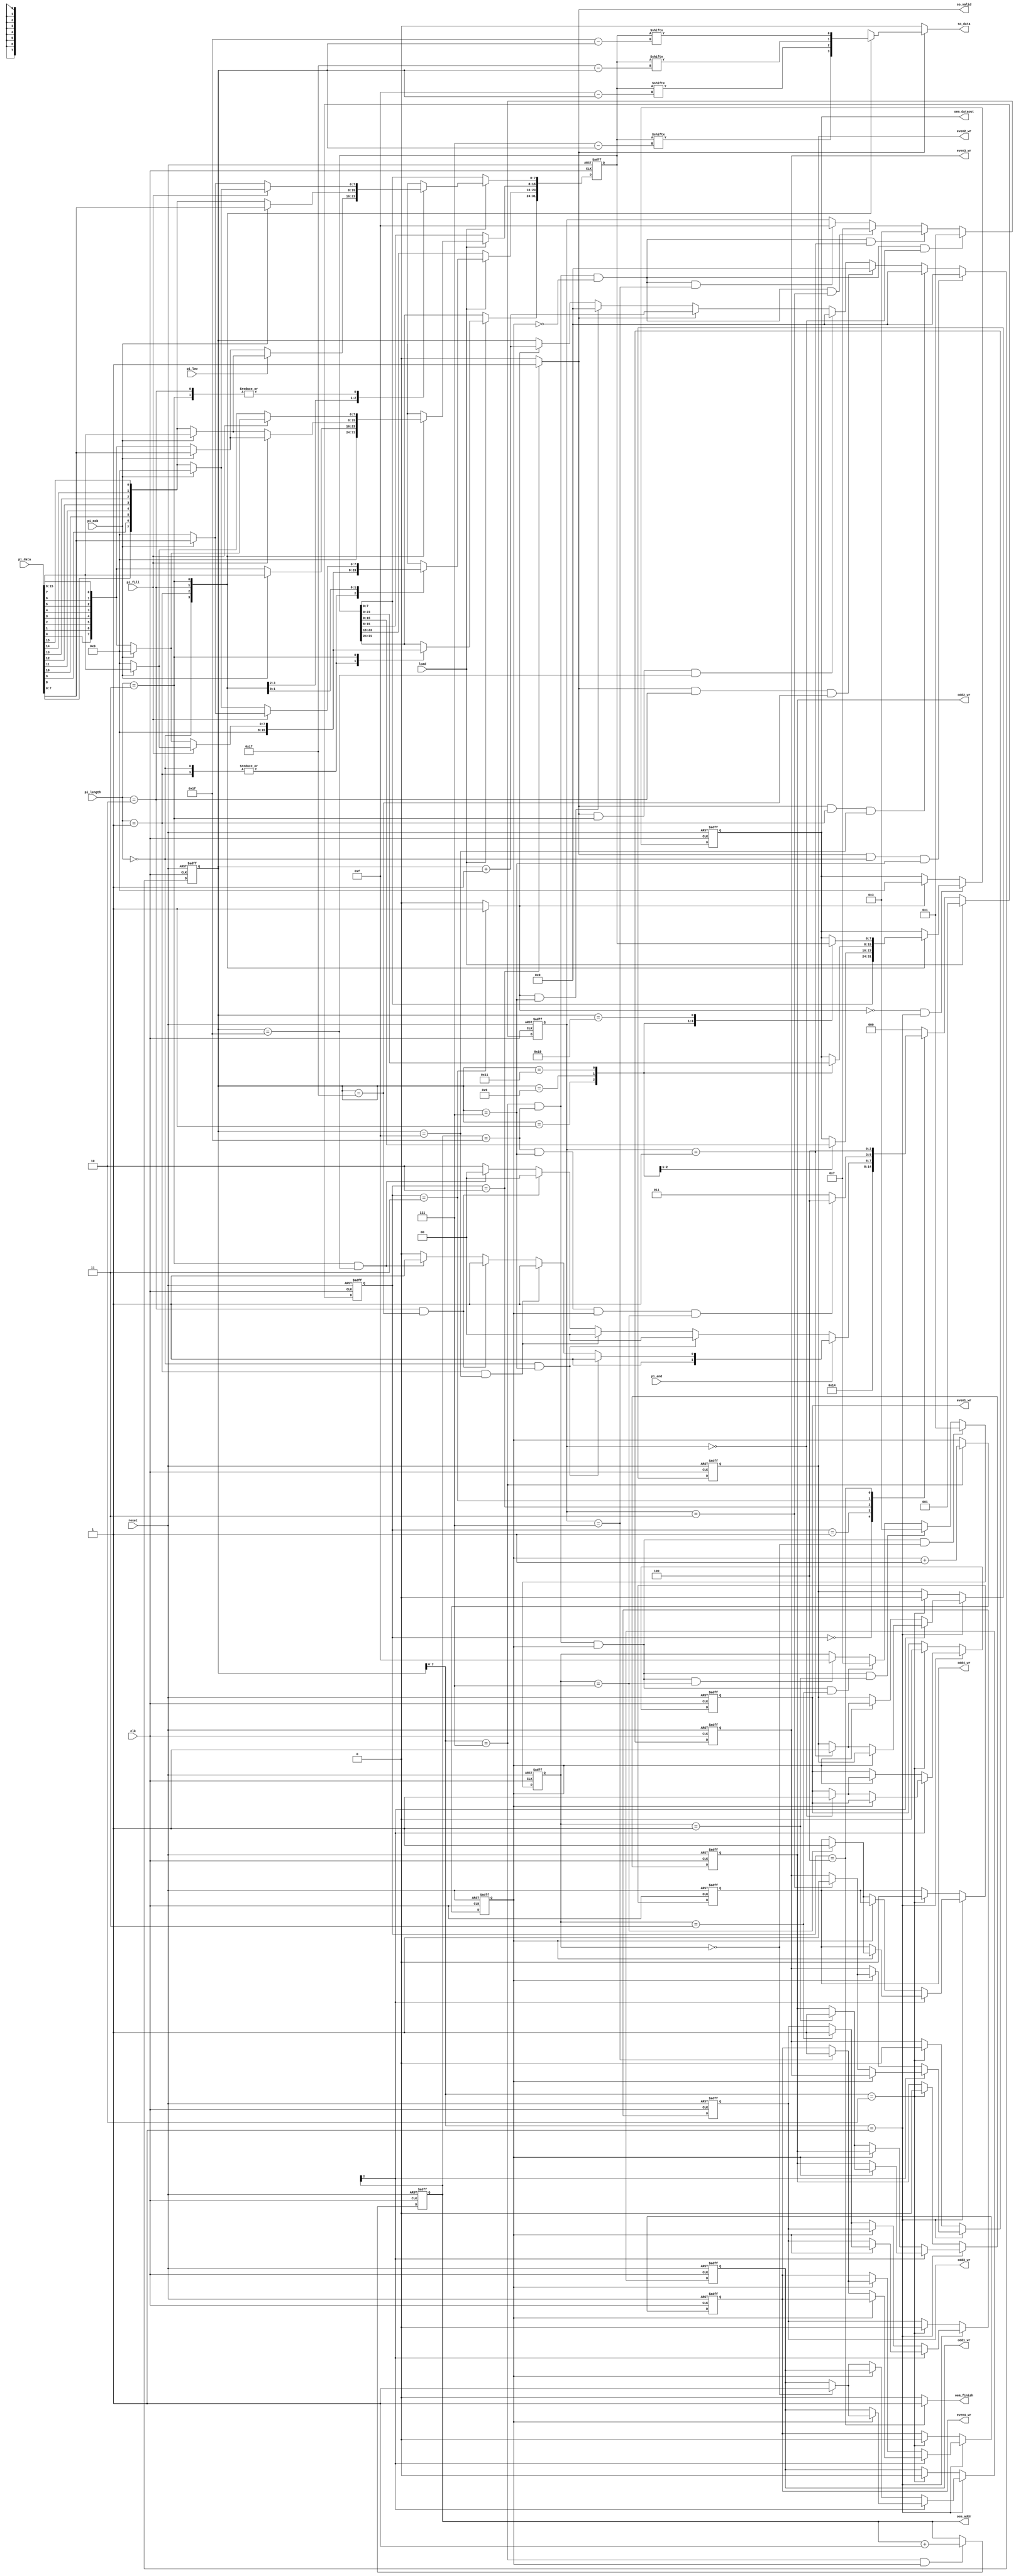
module STI_DAC(clk ,reset, load, pi_data, pi_length, pi_fill, pi_msb, pi_low, pi_end,
	       so_data, so_valid,
	       oem_finish, oem_dataout, oem_addr,
	       odd1_wr, odd2_wr, odd3_wr, odd4_wr, even1_wr, even2_wr, even3_wr, even4_wr);

input		clk;
input		reset;
input		load;
input		pi_msb;
input		pi_low;
input		pi_end;
input	[15:0]	pi_data;
input	[1:0]	pi_length;
input		pi_fill;

output	reg		so_data;
output	reg		so_valid;
output	reg	 	oem_finish;
output	reg		odd1_wr;
output	reg		odd2_wr;
output	reg		odd3_wr;
output	reg		odd4_wr;
output	reg		even1_wr;
output	reg		even2_wr;
output	reg		even3_wr;
output	reg		even4_wr;
output	reg	[4:0]	oem_addr;
output	reg	[7:0]	oem_dataout;

reg		[31:0]	data;

reg	[2:0]	CurrentState;
reg	[2:0]	NextState;

reg	[4:0]	counter;
reg		switch_odd_even;
reg	[3:0]	odd_full;
reg	[3:0]	even_full;

reg		fill;

reg	[15:0] 	pi_data_reverse;

reg	[4:0]	i;

always@(*)begin 
	for(i = 0; i < 16; i = i + 1)
		pi_data_reverse[i] = pi_data[15 - i];
end

always@(posedge clk or posedge reset)begin
	if(reset)
		data[31:0] <= 32'h0;
	else if(load)begin
		case(pi_length)
			2'h0:begin
				data[31:8] <= 24'h0;
				if(pi_low)begin
					if(pi_msb)
						data[7:0] <= pi_data[15:8];
					else
						data[7:0] <= pi_data_reverse[7:0];
				end
				else begin
					if(pi_msb)
						data[7:0] <= pi_data[7:0];
					else
						data[7:0] <= pi_data_reverse[15:8];
				end
			end
			2'h1:begin
				data[31:16] <= 16'h0;
				if(pi_msb)
					data[15:0] <= pi_data[15:0];
				else
					data[15:0] <= pi_data_reverse[15:0];
			end
			2'h2:begin
				if(pi_fill)begin
					if(pi_msb)begin
						data[23:8] <= pi_data[15:0];
						data[7:0] <= 8'h0;
					end
					else begin
						data[23:16] <= 8'h0;
						data[15:0] <= pi_data_reverse[15:0];
					end
				end
				else begin
					if(pi_msb)begin
						data[23:16] <= 8'h0;
						data[15:0] <= pi_data[15:0];
					end
					else begin
						data[23:8] <= pi_data_reverse[15:0];
						data[7:0] <= 8'h0;
					end
				end
			end
			2'h3:begin
				if(pi_fill)begin
					if(pi_msb)begin
						data[31:16] <= pi_data[15:0];
						data[15:0] <= 16'h0;
					end
					else begin
						data[31:16] <= 16'h0;
						data[15:0] <= pi_data_reverse[15:0];
					end
				end
				else begin
					if(pi_msb)begin
						data[31:16] <= 16'h0;
						data[15:0] <= pi_data[15:0];
					end
					else begin
						data[31:16] <= pi_data_reverse[15:0];
						data[15:0] <= 16'h0;
					end
				end
			end
		endcase
	end
end

always@(*)begin
	if(so_valid)begin
		case(pi_length)
			2'h0:
				so_data = data[7 - counter];
			2'h1:
				so_data = data[15 - counter];
			2'h2:
				so_data = data[23 - counter];
			2'h3:
				so_data = data[31 - counter];
		endcase
	end
	else
		so_data = 1'h0;
end

always@(posedge clk or posedge reset)begin
	if(reset)
		switch_odd_even <= 1'h0;
	else if(counter[2:0] == 3'h7)
		switch_odd_even <= switch_odd_even + 1'h1;
end

always@(posedge clk or posedge reset)begin
	if(reset)begin
		odd_full <= 4'h0;
		even_full <= 4'h0;
	end
	else begin
		if(counter[2:0] == 3'h7 && oem_addr == 5'h1f && switch_odd_even == 1'h0 && even_full == 4'h0)
			even_full <= 4'h1;
		else if(counter[2:0] == 3'h7 && oem_addr == 5'h1f && switch_odd_even == 1'h0 && even_full == 4'h1)
			even_full <= 4'h3;
		else if(counter[2:0] == 3'h7 && oem_addr == 5'h1f && switch_odd_even == 1'h0 && even_full == 4'h3)
			even_full <= 4'h7;
		else if(counter[2:0] == 3'h7 && oem_addr == 5'h1f && switch_odd_even == 1'h0 && even_full == 4'h7)
			even_full <= 4'hf;
		if(counter[2:0] == 3'h7 && oem_addr == 5'h1f && switch_odd_even == 1'h1 && odd_full == 4'h0)
			odd_full <= 4'h1;
		else if(counter[2:0] == 3'h7 && oem_addr == 5'h1f && switch_odd_even == 1'h1 && odd_full == 4'h1)
			odd_full <= 4'h3;
		else if(counter[2:0] == 3'h7 && oem_addr == 5'h1f && switch_odd_even == 1'h1 && odd_full == 4'h3)
			odd_full <= 4'h7;
		else if(counter[2:0] == 3'h7 && oem_addr == 5'h1f && switch_odd_even == 1'h1 && odd_full == 4'h7)
			odd_full <= 4'hf;
	end
end

always@(posedge clk or posedge reset)begin
	if(reset)begin
		odd1_wr <= 1'h0;
		odd2_wr <= 1'h0;
		odd3_wr <= 1'h0;
		odd4_wr <= 1'h0;
		even1_wr <= 1'h0;
		even2_wr <= 1'h0;
		even3_wr <= 1'h0;
		even4_wr <= 1'h0;
	end
	else if(counter[2:0] == 3'h1)begin
		if(oem_addr[2])begin
			if(switch_odd_even)begin
				case(odd_full)
					4'h0:odd1_wr <= 1'h1;
					4'h1:odd2_wr <= 1'h1;
					4'h3:odd3_wr <= 1'h1;
					4'h7:odd4_wr <= 1'h1;
				endcase
			end
			else begin
				case(even_full)
					4'h0:even1_wr <= 1'h1;
					4'h1:even2_wr <= 1'h1;
					4'h3:even3_wr <= 1'h1;
					4'h7:even4_wr <= 1'h1;
				endcase
			end
		end
		else begin
			if(switch_odd_even)begin
				case(even_full)
					4'h0:even1_wr <= 1'h1;
					4'h1:even2_wr <= 1'h1;
					4'h3:even3_wr <= 1'h1;
					4'h7:even4_wr <= 1'h1;
				endcase
			end
			else begin
				case(odd_full)
					4'h0:odd1_wr <= 1'h1;
					4'h1:odd2_wr <= 1'h1;
					4'h3:odd3_wr <= 1'h1;
					4'h7:odd4_wr <= 1'h1;
				endcase
			end
		end
	end
	else if(counter[2:0] == 3'h2)begin
		odd1_wr <= 1'h0;
		odd2_wr <= 1'h0;
		odd3_wr <= 1'h0;
		odd4_wr <= 1'h0;
		even1_wr <= 1'h0;
		even2_wr <= 1'h0;
		even3_wr <= 1'h0;
		even4_wr <= 1'h0;
	end
end

always@(posedge clk or posedge reset)begin
	if(reset)
		oem_addr <= 5'h0;
	else if(counter[2:0] == 3'h7 && switch_odd_even)
		oem_addr <= oem_addr + 1'h1;
end

always@(posedge clk or posedge reset)begin
	if(reset)
		oem_dataout <= 8'h0;
	else if(fill == 1'h0 && counter[2:0] == 3'h1)begin
		case(pi_length)
			2'h0:begin
				oem_dataout <= data[7:0];
			end
			2'h1:begin
				case(counter)
					5'h1:
						oem_dataout <= data[15:8];
					5'h9:
						oem_dataout <= data[7:0];
				endcase
			end
			2'h2:begin
				case(counter)
					5'h1:
						oem_dataout <= data[23:16];
					5'h9:
						oem_dataout <= data[15:8];
					5'h11:
						oem_dataout <= data[7:0];
				endcase
			end
			2'h3:begin
				case(counter)
					5'h1:
						oem_dataout <= data[31:24];
					5'h9:
						oem_dataout <= data[23:16];
					5'h11:
						oem_dataout <= data[15:8];
					5'h19:
						oem_dataout <= data[7:0];
				endcase
			end
		endcase
	end
	else if(fill)
		oem_dataout <= 8'h0;
end

always@(posedge clk or posedge reset)begin
	if(reset)
		counter <= 5'h0;
	else if(so_valid && pi_length == 2'h0 && counter == 5'h7)
		counter <= 5'h0;
	else if(so_valid && pi_length == 2'h1 && counter == 5'hf)
		counter <= 5'h0;
	else if(so_valid && pi_length == 2'h2 && counter == 5'h17)
		counter <= 5'h0;
	else if(so_valid && pi_length == 2'h3 && counter == 5'h1f)
		counter <= 5'h0;
	else if(so_valid)
		counter <= counter + 1'h1;
	else if(fill && counter == 5'h7)
		counter <= 5'h0;
	else if(fill)
		counter <= counter + 1'h1;
end

always@(posedge clk or posedge reset)begin
	if(reset)
		CurrentState <= 3'h0;
	else if(load)
		CurrentState <= 3'h1;
	else
		CurrentState <= NextState;
end

always@(*)begin
	case(CurrentState)
		3'h0:begin
			NextState = 3'h1;
		end
		3'h1:begin
			NextState = 3'h2;
		end
		3'h2:begin
			if(pi_end)begin
				if(pi_length == 2'h0 && counter == 5'h7)
					NextState = 3'h3;
				else if(pi_length == 2'h1 && counter == 5'hf)
					NextState = 3'h3;
				else if(pi_length == 2'h2 && counter == 5'h17)
					NextState = 3'h3;
				else if(pi_length == 2'h3 && counter == 5'h1f)
					NextState = 3'h3;
				else
					NextState = 3'h2;
			end
			else begin
				if(pi_length == 2'h0 && counter == 5'h7)
					NextState = 3'h0;
				else if(pi_length == 2'h1 && counter == 5'hf)
					NextState = 3'h0;
				else if(pi_length == 2'h2 && counter == 5'h17)
					NextState = 3'h0;
				else if(pi_length == 2'h3 && counter == 5'h1f)
					NextState = 3'h0;
				else
					NextState = 3'h2;
			end
		end
		3'h3:begin
			if(oem_addr == 5'h1f && counter == 5'h7 && switch_odd_even && odd_full == 4'h7)
				NextState = 3'h4;
			else
				NextState = 3'h3;
		end
		3'h4:begin
			NextState = 3'h4;
		end
		default:begin
			NextState = 3'h0;
		end
	endcase
end

always@(*)begin
	case(CurrentState)
		3'h0:begin
			so_valid = 0;
			oem_finish = 0;
			fill = 0;
		end
		3'h1:begin
			so_valid = 0;
			oem_finish = 0;
			fill = 0;
		end
		3'h2:begin
			so_valid = 1;
			oem_finish = 0;
			fill = 0;
		end
		3'h3:begin
			so_valid = 0;
			oem_finish = 0;
			fill = 1;
		end
		3'h4:begin
			so_valid = 0;
			oem_finish = 1;
			fill = 0;
		end
		default:begin
			so_valid = 0;
			oem_finish = 0;
			fill = 0;
		end
	endcase
end

endmodule